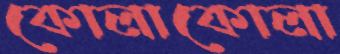
কোলাকোলা